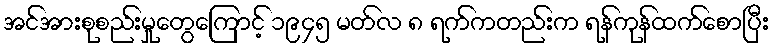
အင်အားစုစည်းမှုတွေကြောင့် ၁၉၄၅ မတ်လ ၈ ရက်ကတည်းက ရန်ကုန်ထက်စောပြီး